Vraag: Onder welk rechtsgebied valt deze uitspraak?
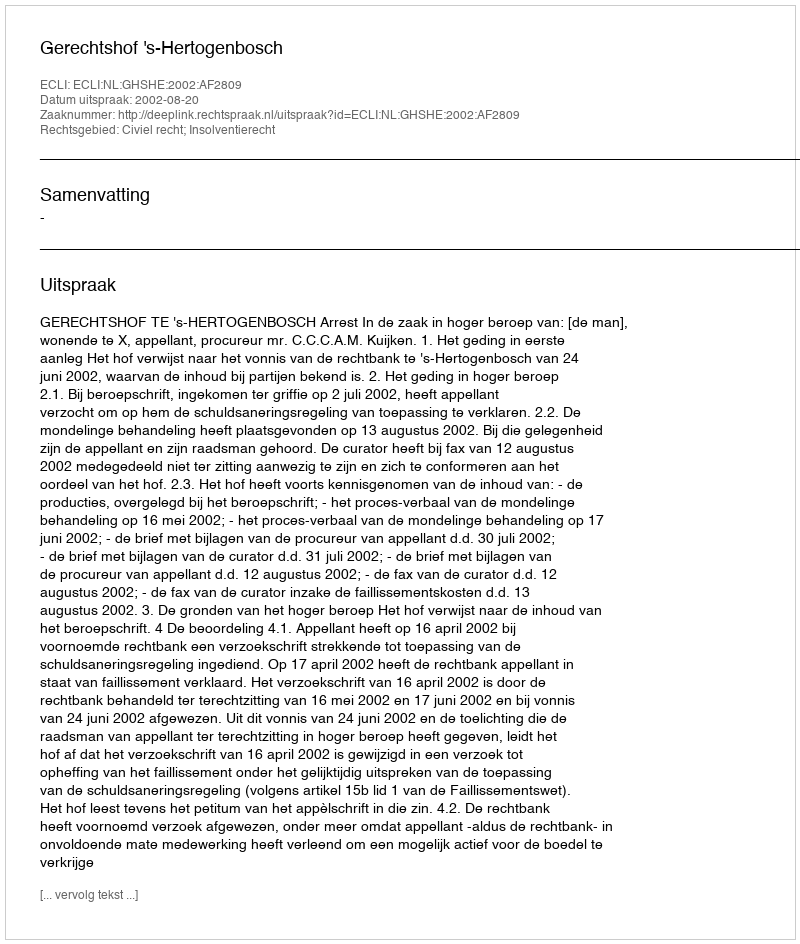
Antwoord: Civiel recht; Insolventierecht